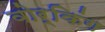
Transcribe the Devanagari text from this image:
वोर्किंग